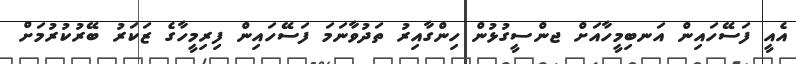
އެއީ ފަސޭހައިން އަނބިމީހާއަށް ޖންސީގުޅުން ހިންގާއިރު ތަދުވާނަމަ ފަސޭހައިން ފިރިމީހާގެ ޒަކަރު ބޭރުކުރުމަށް